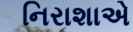
નિરાશાએ